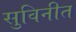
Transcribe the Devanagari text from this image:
सुविनीत